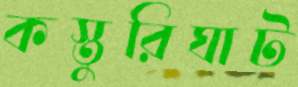
কস্তুরিঘাট